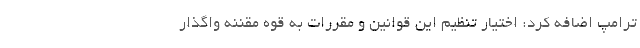
ترامپ اضافه کرد: اختیار تنظیم این قوانین و مقررات به قوه مقننه واگذار